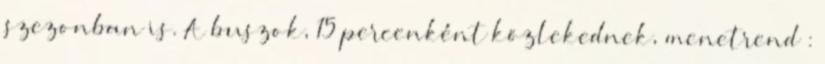
szezonban is. A buszok, 15 percenként közlekednek, menetrend :